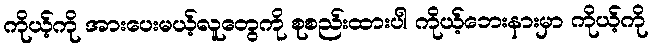
ကိုယ့်ကို အားပေးမယ့်လူတွေကို စုစည်းထားပါ ကိုယ့်ဘေးနားမှာ ကိုယ့်ကို